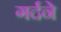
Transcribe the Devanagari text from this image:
गर्दने